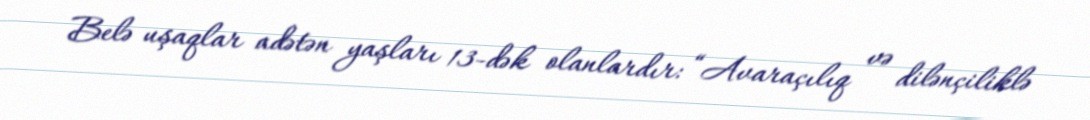
Belə uşaqlar adətən yaşları 13-dək olanlardır: “Avaraçılıq və dilənçiliklə